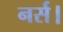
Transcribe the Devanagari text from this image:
नर्स।